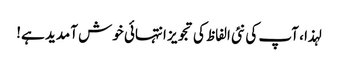
لہذا ، آپ کی نئی الفاظ کی تجویز انتہائی خوش آمدید ہے!